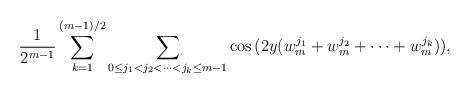
LaTeX: \begin{align*}\frac{1}{2^{m-1}}\sum_{k=1}^{(m-1)/2}\sum_{0\leq j_1<j_2<\cdots< j_k\leq m-1}\cos{(2y(w_m^{j_1}+w_m^{j_2}+\cdots+w_m^{j_k}))},\end{align*}